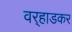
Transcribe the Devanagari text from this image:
वर्‍हाडकर